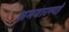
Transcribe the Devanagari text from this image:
अभयारण्यहे